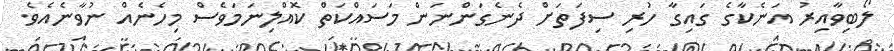
ލޯބިވާއިރު އަނެކާގެ ގައިގާ ހުރި ސިފަތަށް ދެނެގަންނަން މަސައްކަތް ކޮއްލިނަމަވެސް މިހެނެއް ނުވާނެއެވެ.